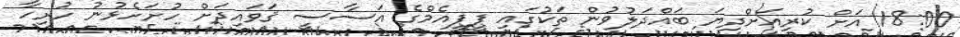
18:00 އަށް ކުރިއަށްދިޔަ ބައްދަލުވުން ތަކުގައި ޕީޕީއެމްގެ އަސާސީ ޤަވައިދަށް ހުށަހެޅުނު ހުރިހާ